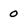
Character: 0